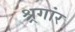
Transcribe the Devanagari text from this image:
श्र्रगांर